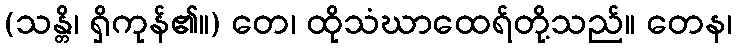
(သန္တိ၊ ရှိကုန်၏။) တေ၊ ထိုသံဃာထေရ်တို့သည်။ တေန၊